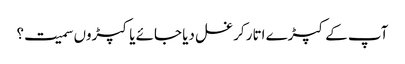
آپ کے کپڑے اتار کر غسل دیا جائے یا کپڑوں سمیت؟